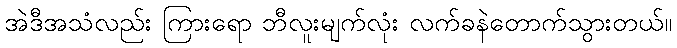
အဲဒီအသံလည်း ကြားရော ဘီလူးမျက်လုံး လက်ခနဲတောက်သွားတယ်။